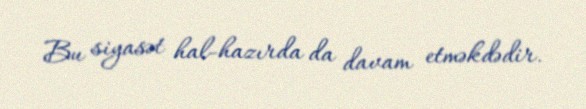
Bu siyasət hal-hazırda da davam etməkdədir.